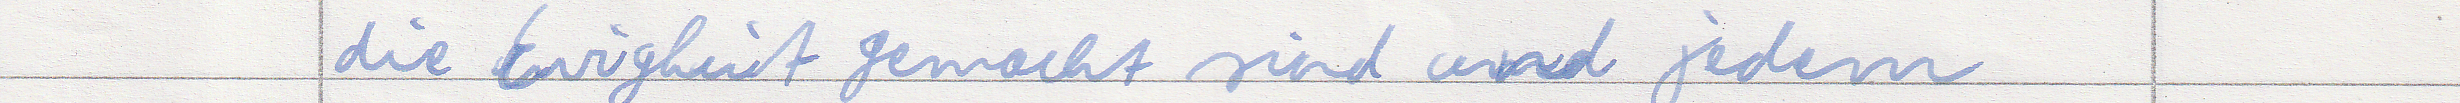
die Ewigkeit gemacht sind und jedem